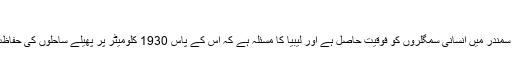
‘
کرنل رضا کا کہنا ہے کہ ’کھلے سمندر میں انسانی سمگلروں کو فوقیت حاصل ہے اور لیبیا کا مسئلہ ہے کہ اس کے پاس 1930 کلومیٹر پر پھیلے ساحلوں کی حفاظت کے لیے صرف آٹھ کشتیاں ہیں۔